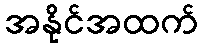
အနိုင်အထက်